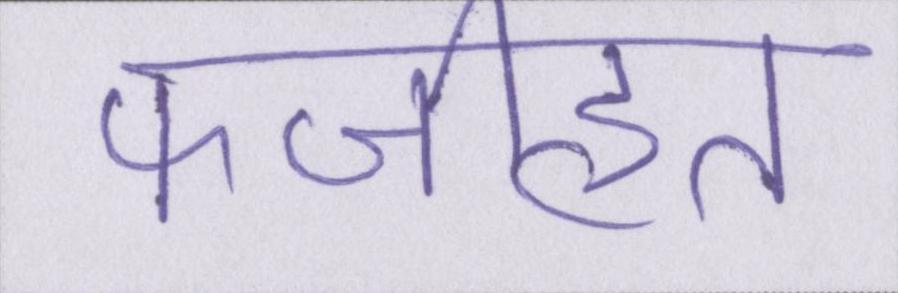
फजीहत